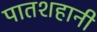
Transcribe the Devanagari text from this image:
पातशहानी